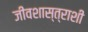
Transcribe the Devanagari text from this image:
जीवशास्त्राशी